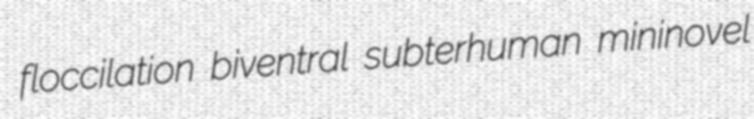
floccilation biventral subterhuman mininovel